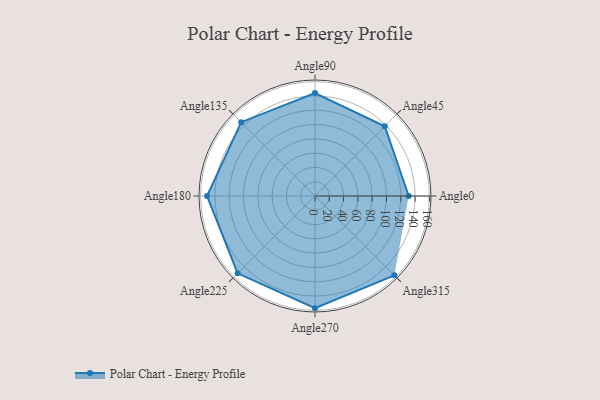
{"axis": {"x": "Angle", "y": "Radius"}, "legend": [""], "data": [{"x": "Angle0", "y": 131.0, "type": ""}, {"x": "Angle45", "y": 138.0, "type": ""}, {"x": "Angle90", "y": 144.0, "type": ""}, {"x": "Angle135", "y": 146.0, "type": ""}, {"x": "Angle180", "y": 151.0, "type": ""}, {"x": "Angle225", "y": 153.0, "type": ""}, {"x": "Angle270", "y": 157.0, "type": ""}, {"x": "Angle315", "y": 157.0, "type": ""}]}